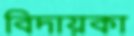
বিদায়কা